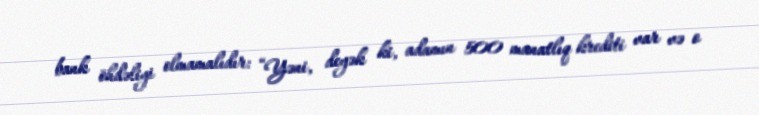
bank öhdəliyi olmamalıdır: “Yəni, deyək ki, adamın 500 manatlıq krediti var və o